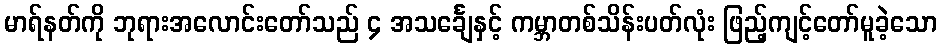
မာရ်နတ်ကို ဘုရားအလောင်းတော်သည် ၄ အသင်္ချေနှင့် ကမ္ဘာတစ်သိန်းပတ်လုံး ဖြည့်ကျင့်တော်မူခဲ့သော